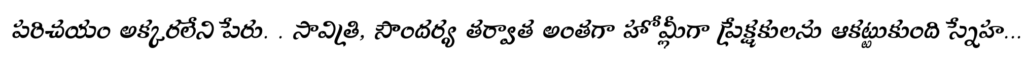
పరిచయం అక్కరలేని పేరు. . సావిత్రి, సౌందర్య తర్వాత అంతగా హోమ్లీగా ప్రేక్షకులను ఆకట్టుకుంది స్నేహ...